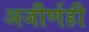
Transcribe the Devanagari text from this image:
अजीर्णही